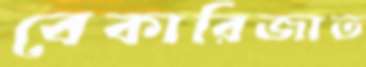
বেকারিজাত